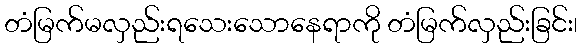
တံမြက်မလှည်းရသေးသောနေရာကို တံမြက်လှည်းခြင်း၊